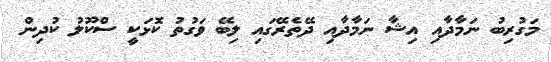
މަގުރިބު ނަމާދާއި އިޝާ ނަމާދާއި ދޭތެރޭގައި ލިބޭ ވަގުތު ކޮޅަކީ ސްކޫލު ކުދިން